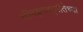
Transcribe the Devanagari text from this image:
श्रीमद्भगवद्गीतेच्या